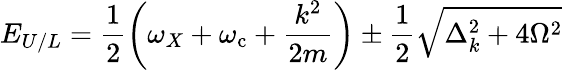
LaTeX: {E_{U/L}=\frac{1}{2}\left(\omega_{X}+\omega_{\mathrm{{c}}}+\frac{k^{2}}{2m}\right)\pm\frac{1}{2}\sqrt{\Delta_{k}^{2}+4\Omega^{2}}}